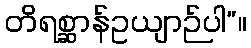
တိရစ္ဆာန်ဥယျာဉ်ပါ”။